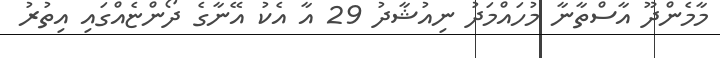
މާމެންދޫ އާސްތާނާ މުހައްމަދު ނިއުޝާދު 29 އާ އެކު އޭނާގެ ދޯންޏެއްގައި އިތުރު